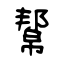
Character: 幚